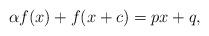
LaTeX: \begin{align*}\alpha f(x)+f(x+c)=px+q,\end{align*}